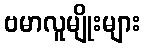
ဗမာလူမျိုးများ